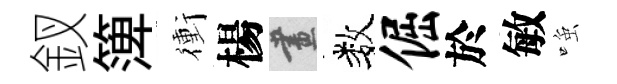
釵𥱼衝楊畫数倔於敏𫪻